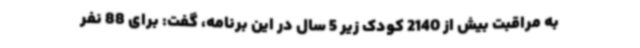
به مراقبت بیش از 2140 کودک زیر 5 سال در این برنامه، گفت: برای 88 نفر